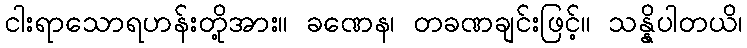
ငါးရာသောရဟန်းတို့အား။ ခဏေန၊ တခဏချင်းဖြင့်။ သန္နိပါတယိ၊